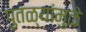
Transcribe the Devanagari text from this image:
पुतळ्यांमुळे